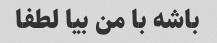
باشه با من بیا لطفا